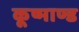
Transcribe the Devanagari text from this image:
कूष्माण्ड